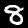
Label: 8